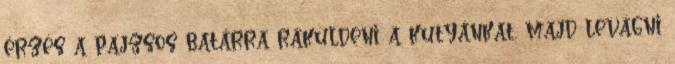
érzés a pajzsos batárra ráküldeni a kutyánkat, majd levágni